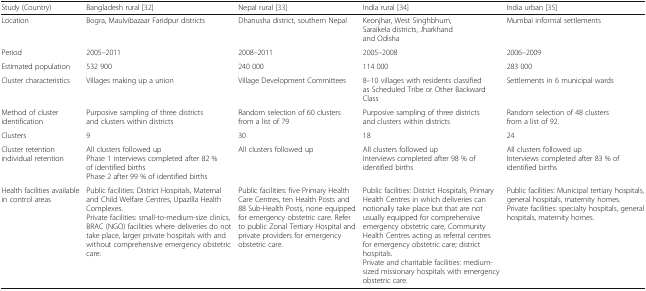
<table><thead><tr><td><b>Study (Country)</b></td><td><b>Bangladesh rural [32]</b></td><td><b>Nepal rural [33]</b></td><td><b>India rural [34]</b></td><td><b>India urban [35]</b></td></tr></thead><tbody><tr><td>Location</td><td>Bogra, Maulvibazaar Faridpur districts</td><td>Dhanusha district, southern Nepal</td><td>Keonjhar, West Singhbhum, Saraikela districts, Jharkhand and Odisha</td><td>Mumbai informal settlements</td></tr><tr><td>Period</td><td>2005–2011</td><td>2008–2011</td><td>2005–2008</td><td>2006–2009</td></tr><tr><td>Estimated population</td><td>532 900</td><td>240 000</td><td>114 000</td><td>283 000</td></tr><tr><td>Cluster characteristics</td><td>Villages making up a union</td><td>Village Development Committees</td><td>8–10 villages with residents classified as Scheduled Tribe or Other Backward Class</td><td>Settlements in 6 municipal wards</td></tr><tr><td>Method of cluster identification</td><td>Purposive sampling of three districts and clusters within districts</td><td>Random selection of 60 clusters from a list of 79</td><td>Purposive sampling of three districts and clusters within districts</td><td>Random selection of 48 clusters from a list of 92.</td></tr><tr><td>Clusters</td><td>9</td><td>30</td><td>18</td><td>24</td></tr><tr><td>Cluster retention individual retention</td><td>All clusters followed upPhase 1 interviews completed after 82 % of identified birthsPhase 2 after 99 % of identified births</td><td>All clusters followed up</td><td>All clusters followed upInterviews completed after 98 % of identified births</td><td>All clusters followed upInterviews completed after 83 % of identified births</td></tr><tr><td>Health facilities available in control areas</td><td>Public facilities: District Hospitals, Maternal and Child Welfare Centres, Upazilla Health Complexes.Private facilities: small-to-medium-size clinics, BRAC (NGO) facilities where deliveries do not take place, larger private hospitals with and without comprehensive emergency obstetric care.</td><td>Public facilities: five Primary Health Care Centres, ten Health Posts and 88 Sub-Health Posts, none equipped for emergency obstetric care. Refer to public Zonal Tertiary Hospital and private providers for emergency obstetric care.</td><td>Public facilities: District Hospitals, Primary Health Centres in which deliveries can notionally take place but that are not usually equipped for comprehensive emergency obstetric care, Community Health Centres acting as referral centres for emergency obstetric care; district hospitals.Private and charitable facilities: medium-sized missionary hospitals with emergency obstetric care.</td><td>Public facilities: Municipal tertiary hospitals, general hospitals, maternity homes.Private facilities: specialty hospitals, general hospitals, maternity homes.</td></tr></tbody></table>